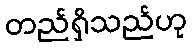
တည်ရှိသည်ဟု